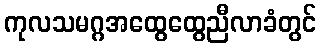
ကုလသမဂ္ဂအထွေထွေညီလာခံတွင်